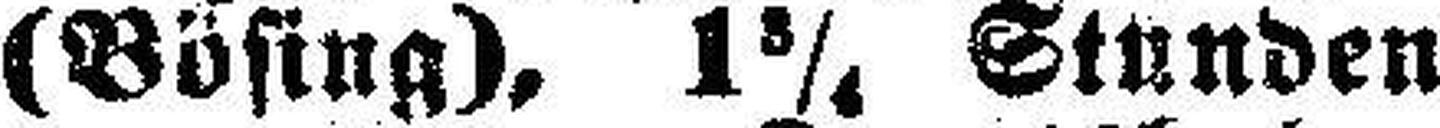
(Bösing), 1¾ Stunden